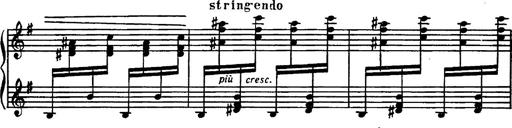
Title: Magyar rapszÃ³diÃ¡k
Composer: Franz Liszt